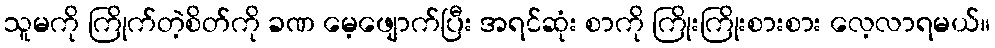
သူမကို ကြိုက်တဲ့စိတ်ကို ခဏ မေ့ဖျောက်ပြီး အရင်ဆုံး စာကို ကြိုးကြိုးစားစား လေ့လာရမယ်။